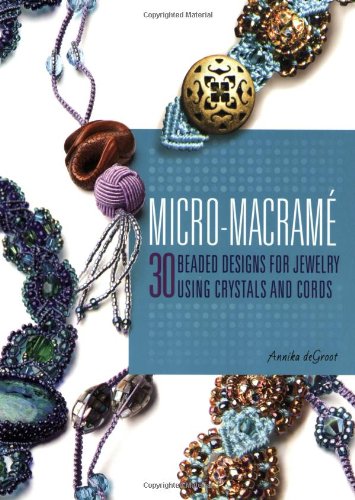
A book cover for Micro-Macrame: 30 Beaded Designs for Jewelry Using Crystals and Cords; Annika deGroot; Crafts, Hobbies & Home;